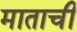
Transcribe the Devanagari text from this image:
माताची